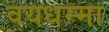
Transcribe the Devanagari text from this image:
वयधम्मा